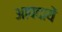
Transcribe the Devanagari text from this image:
आपदायें